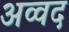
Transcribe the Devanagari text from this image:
अव्वद